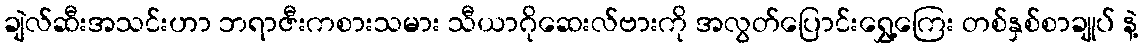
ချဲလ်ဆီးအသင်းဟာ ဘရာဇီးကစားသမား သီယာဂိုဆေးလ်ဗားကို အလွတ်ပြောင်းရွှေ့ကြေး တစ်နှစ်စာချုပ် နဲ့